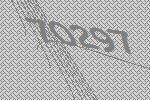
70297